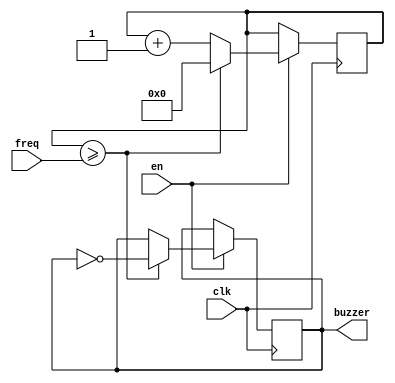
`timescale 1ns / 1ps
module beep(input wire clk,
              input wire [24:0] freq,
              input wire en,
              output reg buzzer);
  reg [24:0] cnt;
  always @ (posedge clk)
  begin
    if (en)
    begin
      cnt <= cnt + 1;
      if (cnt >= freq)
      begin
        cnt <= 0;
        buzzer = ~buzzer;
      end
    end
  end
endmodule